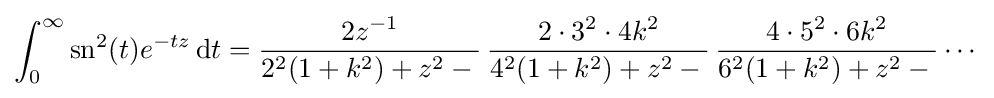
\int _{0}^{\infty }{\textrm {sn}}^{2}(t)e^{-tz}\,\mathrm {d} t={\frac {2z^{-1}}{2^{2}(1+k^{2})+z^{2}-{}}}\,{\frac {2\cdot 3^{2}\cdot 4k^{2}}{4^{2}(1+k^{2})+z^{2}-{}}}\,{\frac {4\cdot 5^{2}\cdot 6k^{2}}{6^{2}(1+k^{2})+z^{2}-{}}}\cdots